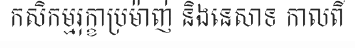
កសិកម្មរុក្ខាប្រម៉ាញ់ និងនេសាទ កាលពី